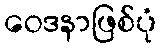
ဝေဒနာဖြစ်ပုံ